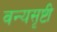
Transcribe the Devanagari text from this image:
वन्यसृष्टी